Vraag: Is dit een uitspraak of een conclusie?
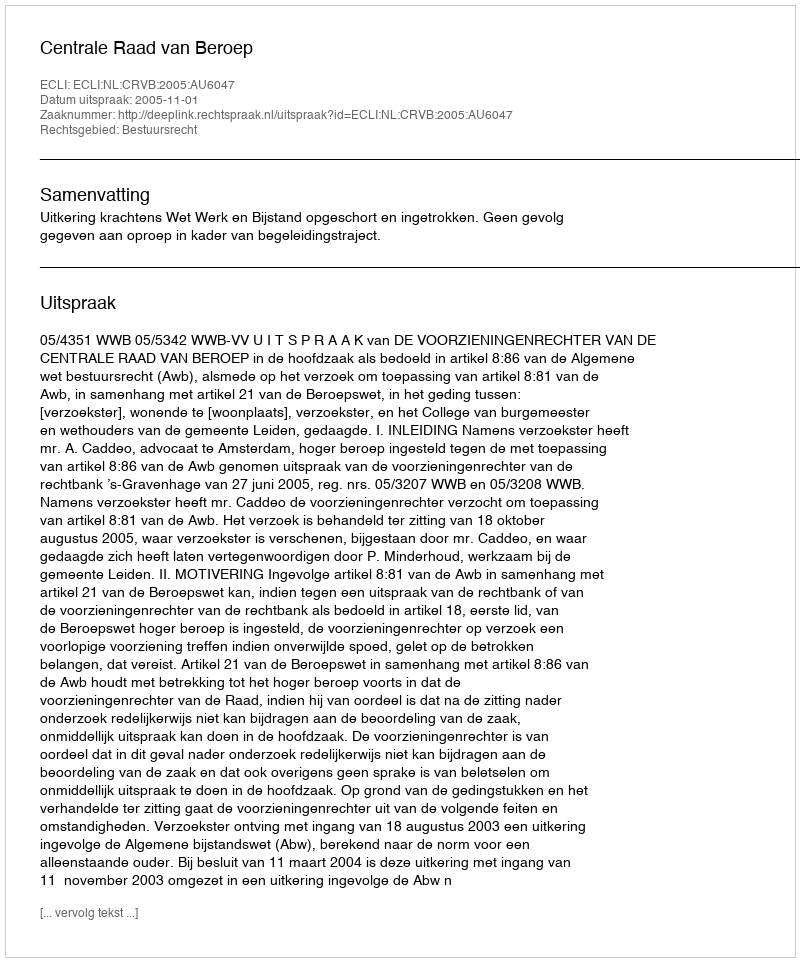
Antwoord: Uitspraak